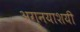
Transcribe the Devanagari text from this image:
अग्नयाशयी